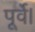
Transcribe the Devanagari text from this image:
पूर्वे।